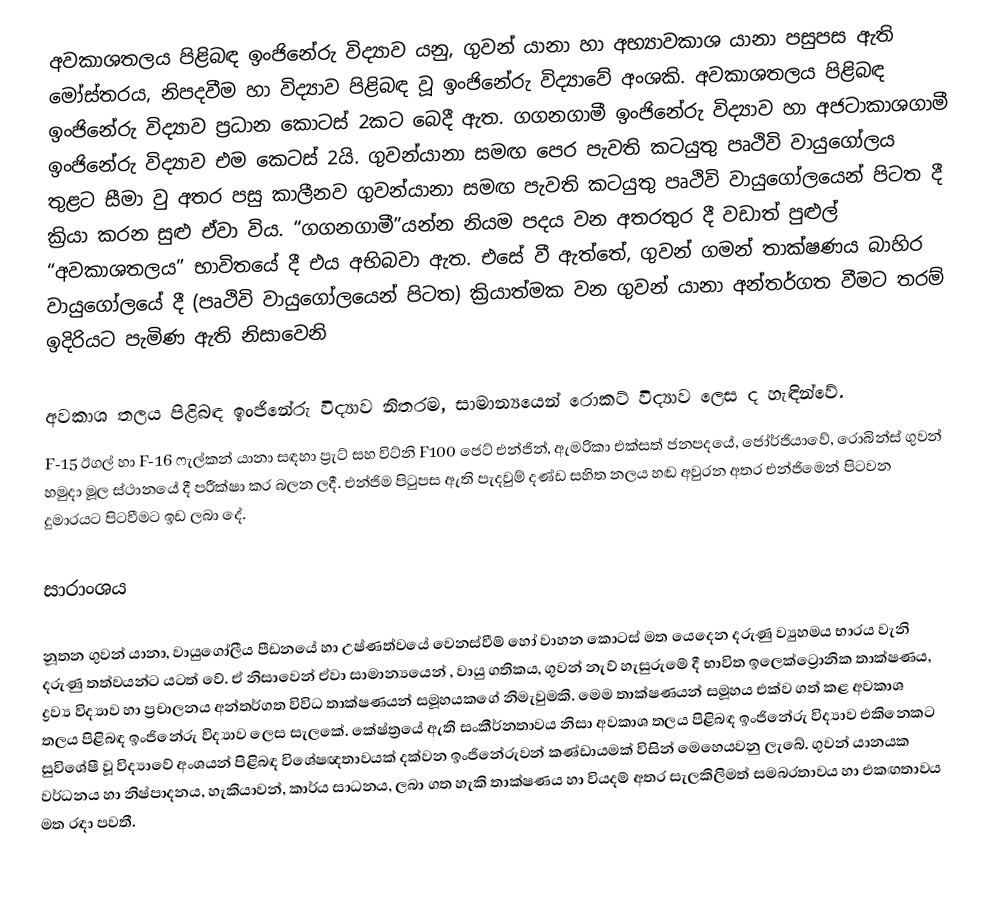
අවකාශතලය පිළිබඳ ඉංජිනේරු විද්‍යාව යනු, ගුවන් යානා හා අභ්‍යාවකාශ යානා පසුපස ඇති මෝස්තරය, නිපදවීම හා විද්‍යාව පිළිබඳ වූ ඉංජිනේරු විද්‍යාවේ අංශකි. අවකාශතලය පිළිබඳ ඉංජිනේරු විද්‍යාව ප්‍රධාන කොටස් 2කට බෙදී ඇත. ගගනගාමී ඉංජිනේරු විද්‍යාව හා අජටාකාශගාමී ඉංජිනේරු විද්‍යාව එම කෙටස් 2යි. ගුවන්යානා සමඟ පෙර පැවති කටයුතු පෘථිවි වායුගෝලය තුළට සීමා වු අතර පසු කාලීනව ගුවන්යානා සමඟ පැවති කටයුතු පෘථිවි වායුගෝලයෙන් පිටත දී ක්‍රියා කරන සුළු ඒවා විය. “ගගනගාමී”යන්න නියම පදය වන අතරතුර දී වඩාත් පුළුල් “අවකාශතලය” භාවිතයේ දී එය අභිබවා ඇත. එසේ වී ඇත්තේ, ගුවන් ගමන් තාක්ෂණය බාහිර වායුගෝලයේ දී (පෘථිවි වායුගෝලයෙන් පිටත) ක්‍රියාත්මක වන ගුවන් යානා අන්තර්ගත වීමට තරම් ඉදිරියට පැමිණ ඇති නිසාවෙනි

අවකාශ තලය පිළිබඳ ඉංජිනේරු විද්‍යාව නිතරම, සාමාන්‍යයෙන් රොකට් විද්‍යාව ලෙස ද හැඳින්වේ.
F-15 ඊගල් හා F-16 ෆැල්කන් යානා සඳහා ප්‍රැට් සහ විට්නි F100 ජෙට් එන්ජින්, ඇමරිකා එක්සත් ජනපදයේ, ජෝර්ජියාවේ, රොබින්ස් ගුවන් හමුදා මූල ස්ථානයේ දී පරීක්ෂා කර බලන ලදී. එන්ජිම පිටුපස ඇති පැදවුම් දණ්ඩ සහිත නලය හඬ අවුරන අතර එන්ජිමෙන් පිටවන දුමාරයට පිටවීමට ඉඩ ලබා දේ.

සාරාංශය

නූතන ගුවන් යානා, වායුගෝල‍ීය පීඩනයේ හා උෂ්ණත්වයේ වෙනස්වීම් හෝ වාහන කොටස් මත යෙදෙන දරුණු ව්‍යුහමය භාරය වැනි දරුණු තත්වයන්ට යටත් වේ. ඒ නිසාවෙන් ඒවා සාමාන්‍යයෙන් , වායු ගතිකය, ගුවන් නැව් හැසුරුමේ දී භාවිත ඉලෙක්ට්‍රොනික තාක්ෂණය, ද්‍රව්‍ය විද්‍යාව හා ප්‍රචාලනය අන්තර්ගත විවිධ තාක්ෂණයන් සමූහයකගේ නිමැවුමකි. මෙම තාක්ෂණයන් සමූහය එක්ව ගත් කළ අවකාශ තලය පිළිබඳ ඉංජිනේරු විද්‍යාව ලෙස සැලකේ. කේෂ්ත්‍රයේ ඇති සංකීර්නතාවය නිසා අවකාශ තලය පිළිබඳ ඉංජිනේරු විද්‍යාව එකිනෙකට සුවිශේෂී වූ විද්‍යාවේ අංශයන් පිළිබඳ විශේෂඥතාවයක් දක්වන ඉංජිනේරුවන් කණ්ඩායමක් විසින් මෙහෙයවනු ලැබේ. ගුවන් යානයක වර්ධනය හා නිෂ්පාදනය, හැකියාවන්, කාර්ය සාධනය, ලබා ගත හැකි තාක්ෂණය හා වියදම් අතර සැලකිලිමත් සමබරතාවය හා එකඟතාවය මත රඳා පවතී.